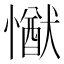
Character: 𢢕